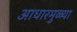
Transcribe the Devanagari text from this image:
आधारमुळ्या